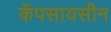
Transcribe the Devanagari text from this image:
कॅपसायसीन